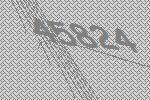
45824